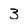
Character: 3